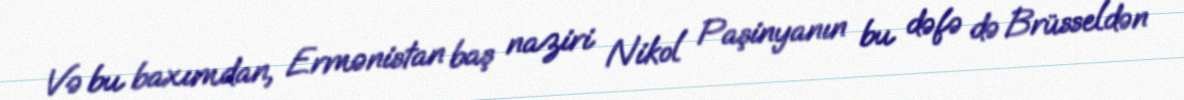
Və bu baxımdan, Ermənistan baş naziri Nikol Paşinyanın bu dəfə də Brüsseldən